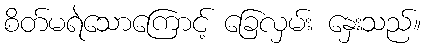
စိတ်မရဲသောကြောင့် ခြေလှမ်း နှေးသည်။